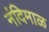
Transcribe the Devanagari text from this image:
नंदिमाळ